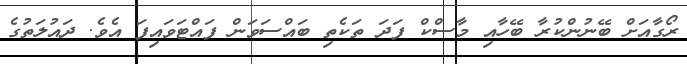
ރޯގާއަށް ބޭނުންކުރާ ބޭހާއި މާސްކް ފަދަ ތަކެތި ބައްސަވަން ފައްޓަވައިފަ އެވެ. ދައުލަތުގެ